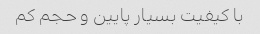
با کیفیت بسیار پایین و حجم کم